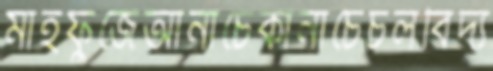
মাহফুজেআনাচেকানাচেচলবিদ্য